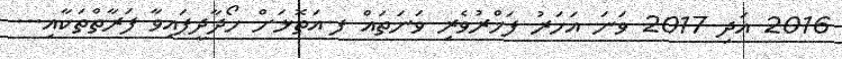
2016 އަދި 2017 ވަނަ އަހަރު ފަޚްރުވެރި ވަނަތައް ފ.އަތޮޅަށް ހޯދާދީފައިވާ ފަރާތްތަކާއި...